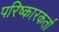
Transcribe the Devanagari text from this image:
परिष्कारकर्ता